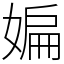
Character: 媥